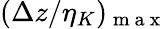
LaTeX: (\Delta z/\eta_{K})_{\mathrm{~m~a~x~}}